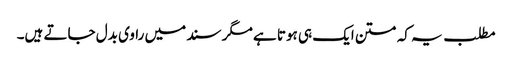
مطلب یہ کہ متن ایک ہی ہوتا ہے مگر سند میں راوی بدل جاتے ہیں۔